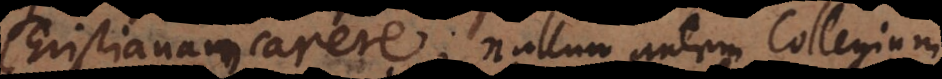
Christianam carere; nullum autem Collegium